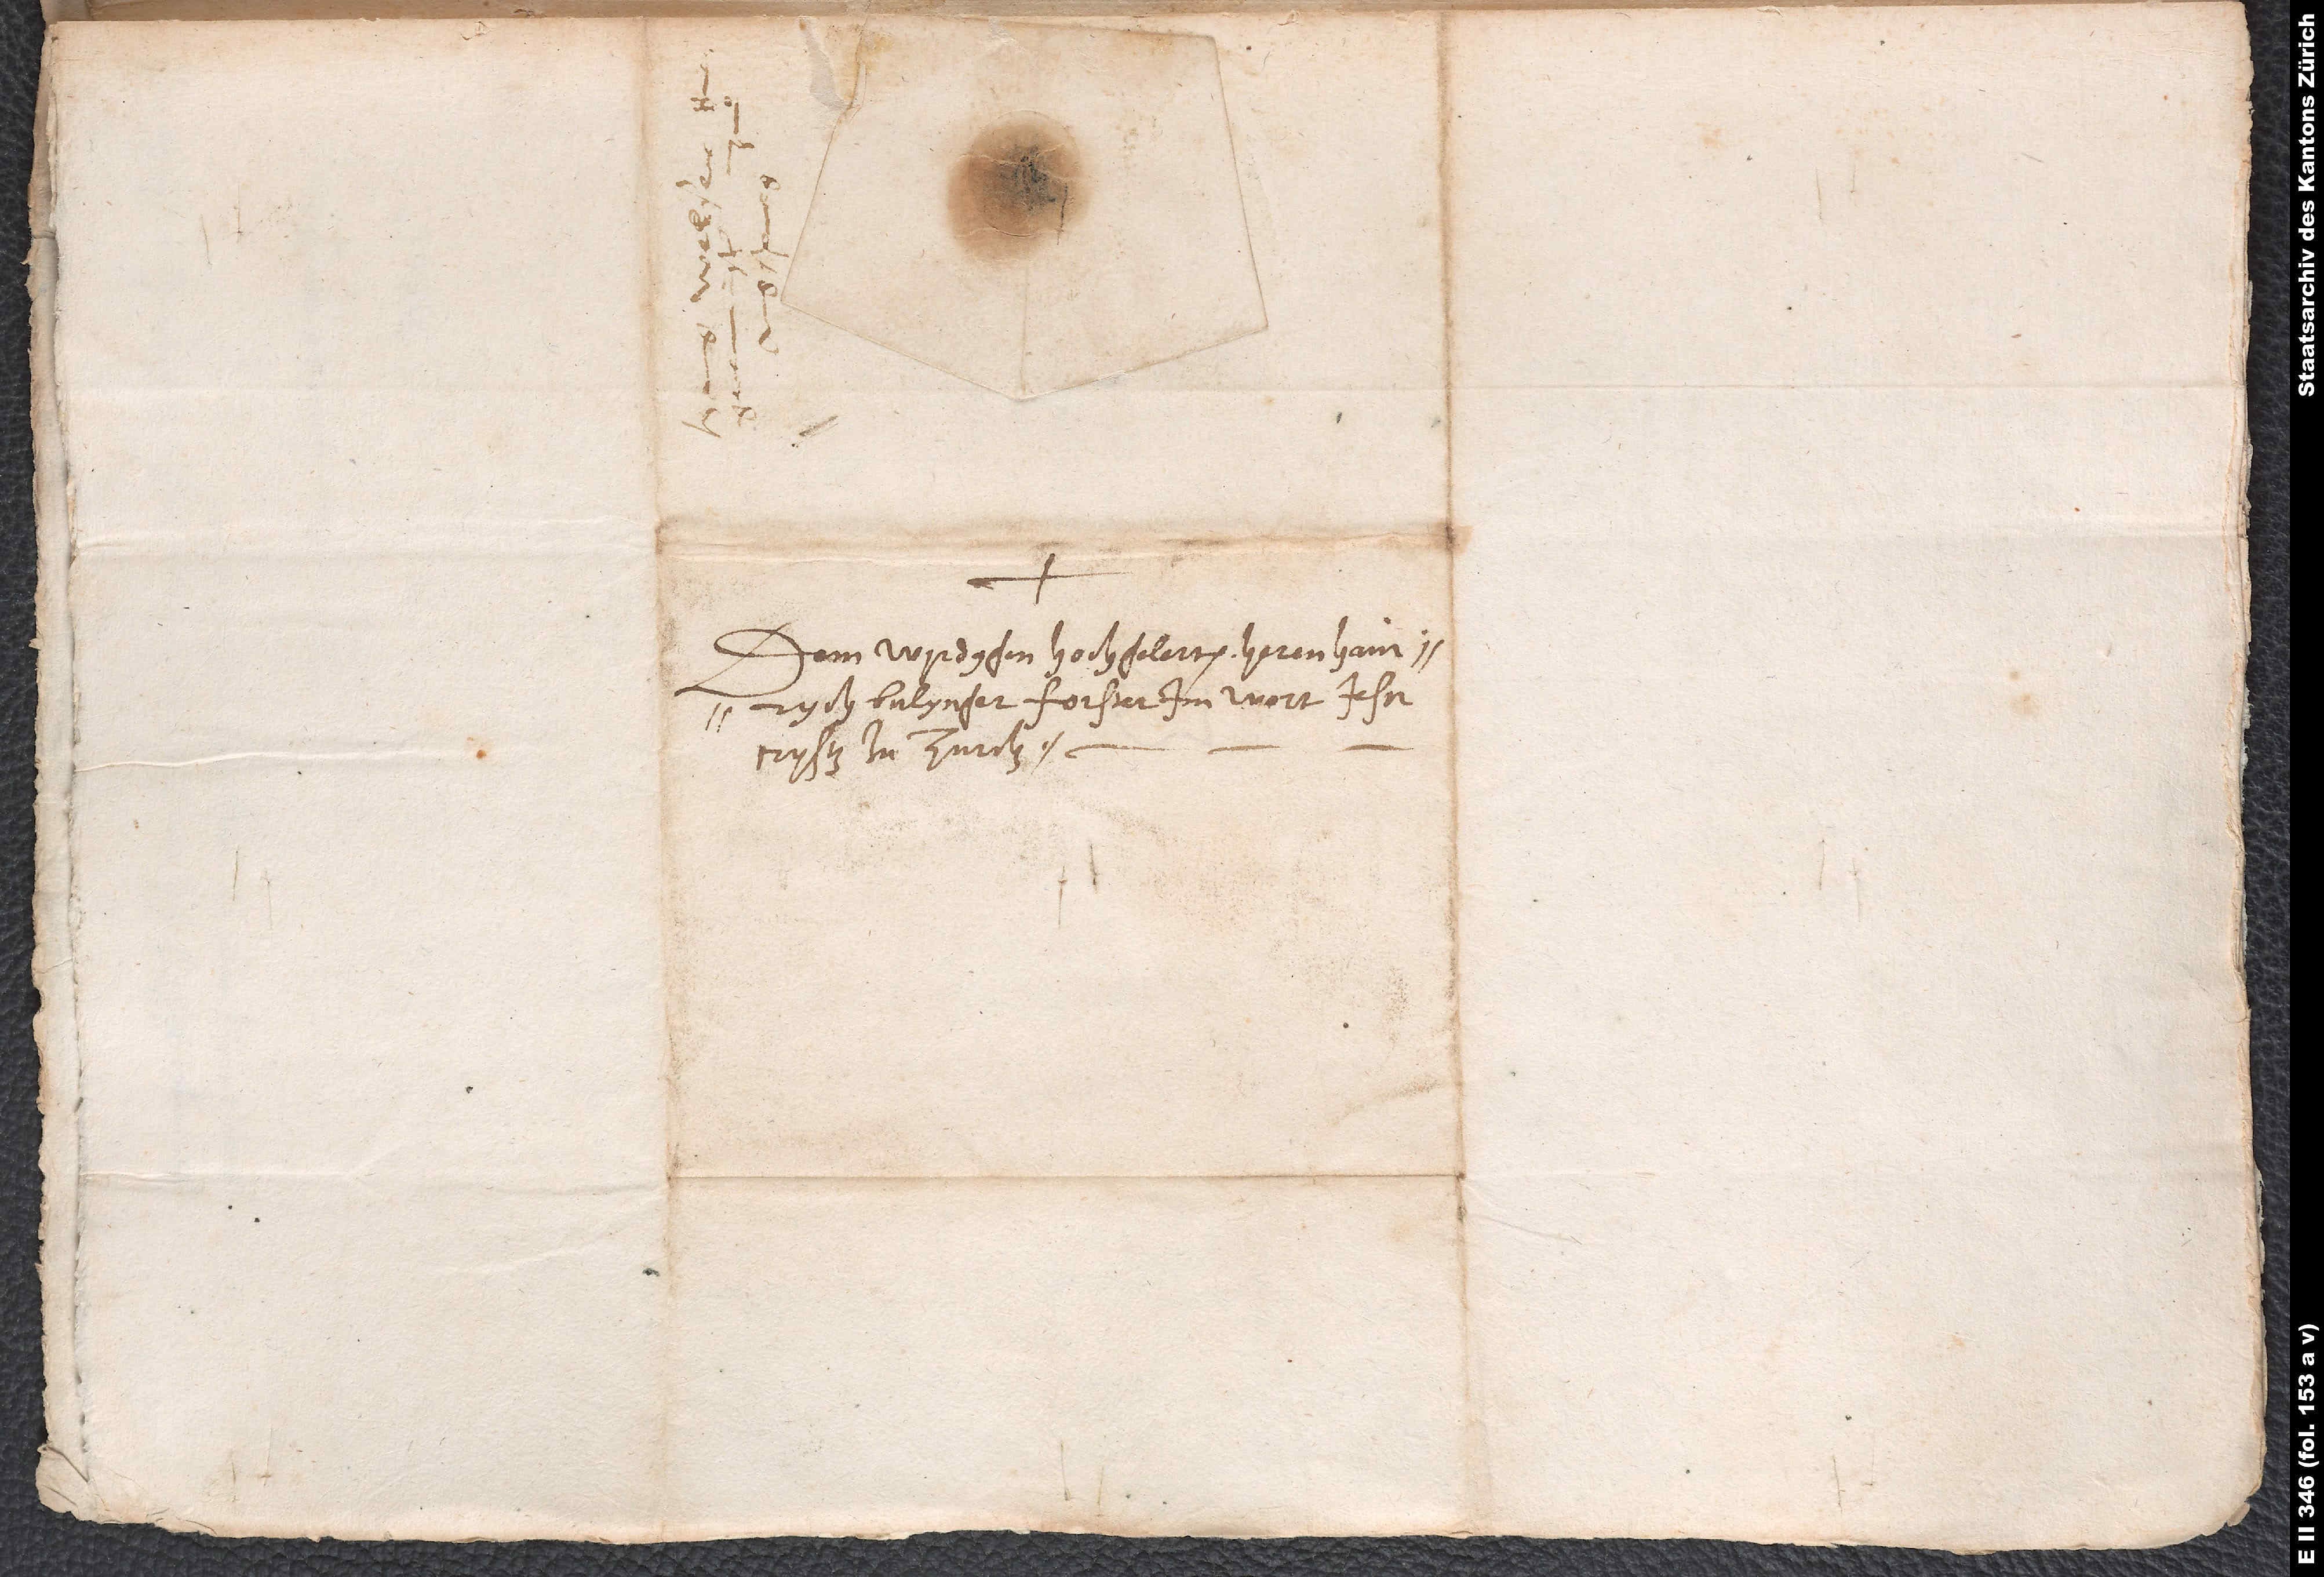
Dem wyrdygen, hochgelerten heren Hainrych
Bulynger, forster im wort Jesu
Crysti zu Zurch.